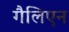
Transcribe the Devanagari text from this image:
गैलिएन